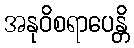
အနုဝိစရာပေန္တိ